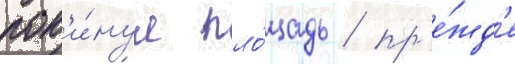
пок'и́нул пло́щадь / пр'е́жд'е